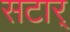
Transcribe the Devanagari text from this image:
सटार्